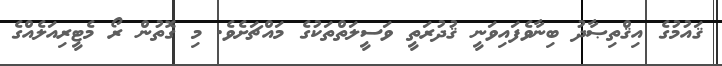
ޤައުމުގެ އިޤްތިޞާދު ބިނާވެފައިވަނީ ޤުދުރަތީ ވަސީލަތްތަކުގެ މައްޗަށެވެ. މި ގޮތުން ރޯ މެޓީރިއަލެއްގެ